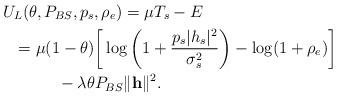
LaTeX: \begin{align*}& U_{L}(\theta,P_{BS},p_{s},\rho_{e}) = \mu T_{s} - E \\&~~= \mu (1-\theta) \bigg[ \log \bigg( 1 + \frac{p_{s}|h_{s}|^{2}}{\sigma_{s}^{2}} \bigg) - \log(1+\rho_{e}) \bigg] \\ &~~~~~~~~~~ - \lambda \theta P_{BS} \|\mathbf{h}\|^{2}.\end{align*}